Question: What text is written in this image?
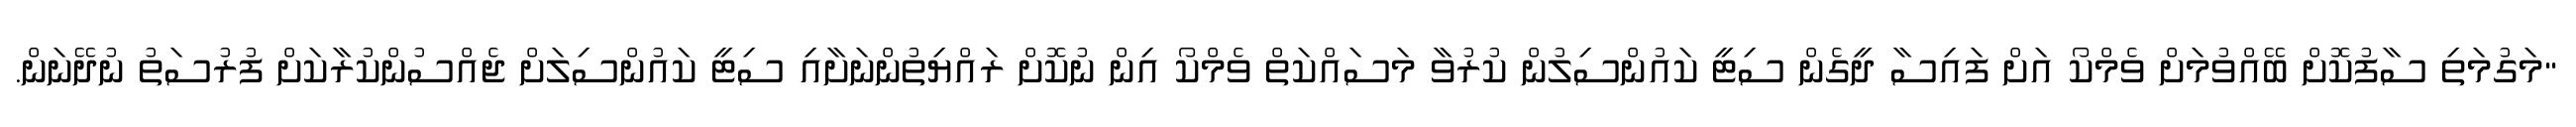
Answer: "މަގުމަތި ސާފުކޮށް ބޭއްވުމަށް ވެމްކޯ އަށް ފައިސާ ދީގެން ސިޓީ ކައުންސިލުން ކުރުވާ މަސައްކަތް ވެމްކޯ އިން ނުކޮށް ރައްޔިތުންނަށާއި ސިޓީ ކައުންސިލަށް ޖެއްސުންކުރާކަށް ފުރުސަތު ނުދޭނަން.